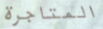
المتاجرة